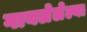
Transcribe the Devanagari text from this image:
गायलेलेल्या